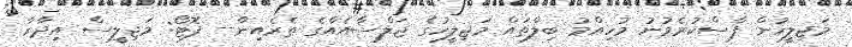
މަޖިލީހުން ފާސްކުރެވުނު މުހިއްމު ބިލްތައް މަޖިލީހުގެ ޖަލްސާއެއްގެ ތެރެއިން-- ފޮޓޯ: މަޖިލީސް އިދާރާ